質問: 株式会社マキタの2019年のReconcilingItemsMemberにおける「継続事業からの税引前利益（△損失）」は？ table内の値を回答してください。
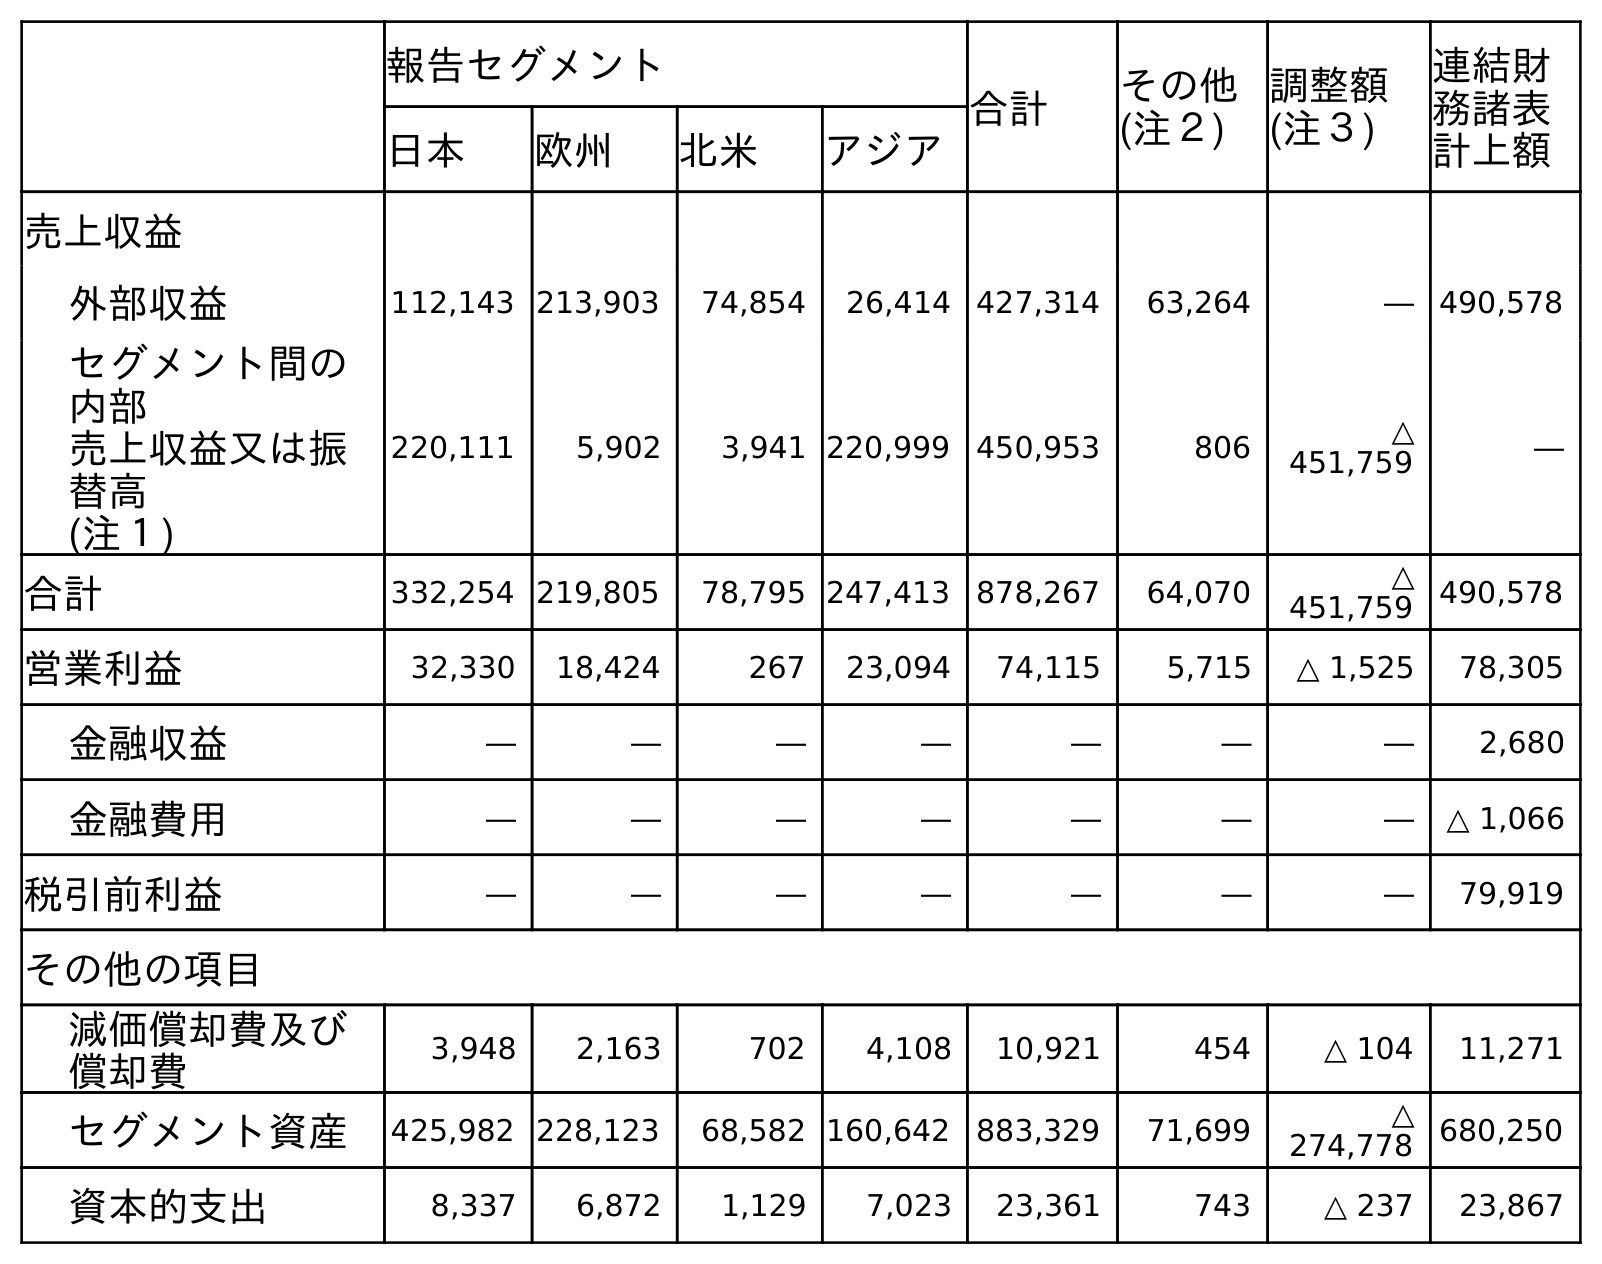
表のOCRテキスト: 報告セグメント 合計 その他 (注２) 調整額 (注３) 連結財 務諸表 計上額 日本 欧州 北米 アジア 売上収益 外部収益 112,143 213,903 74,854 26,414 427,314 63,264 ― 490,578 セグメント間の 内部 売上収益又は振 替高 (注１) 220,111 5,902 3,941 220,999 450,953 806 △ 451,759 ― 合計 332,254 219,805 78,795 247,413 878,267 64,070 △ 451,759 490,578 営業利益 32,330 18,424 267 23,094 74,115 5,715 △ 1,525 78,305 金融収益 ― ― ― ― ― ― ― 2,680 金融費用 ― ― ― ― ― ― ― △ 1,066 税引前利益 ― ― ― ― ― ― ― 79,919 その他の項目 減価償却費及び 償却費 3,948 2,163 702 4,108 10,921 454 △ 104 11,271 セグメント資産 425,982 228,123 68,582 160,642 883,329 71,699 △ 274,778 680,250 資本的支出 8,337 6,872 1,129 7,023 23,361 743 △ 237 23,867
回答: ―